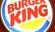
king